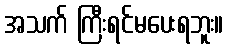
အသက် ကြီးရင်မပေးရဘူး။